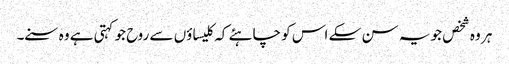
ہر وہ شخص جو یہ سن سکے اس کو چاہئے کہ کلیسا ؤں سے روح جو کہتی ہے وہ سنے۔